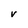
Character: V